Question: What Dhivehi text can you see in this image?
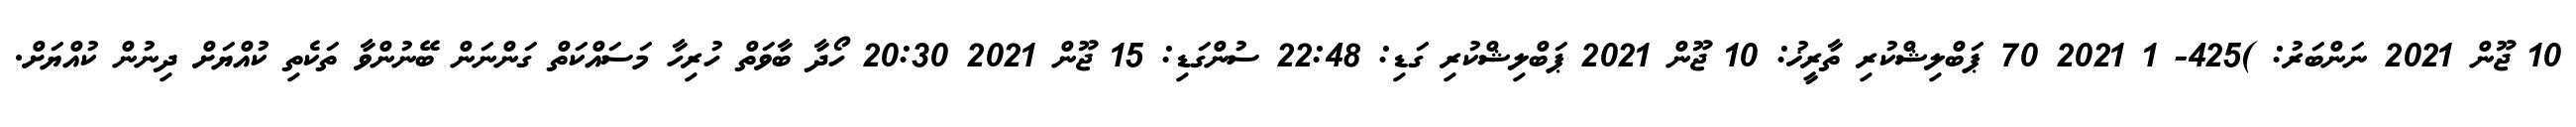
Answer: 10 ޖޫން 2021 ނަންބަރު: )425- 1 2021 70 ޕަބްލިޝްކުރި ތާރީޚު: 10 ޖޫން 2021 ޕަބްލިޝްކުރި ގަޑި: 22:48 ސުންގަޑި: 15 ޖޫން 2021 20:30 ހޯދާ ބާވަތް ހުރިހާ މަސައްކަތް ގަންނަން ބޭނުންވާ ތަކެތި ކުއްޔަށް ދިނުން ކުއްޔަށް.